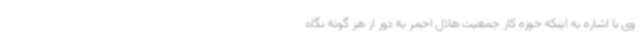
وی با اشاره به اینکه حوزه کار جمعیت هلال احمر به دور از هر گونه نگاه